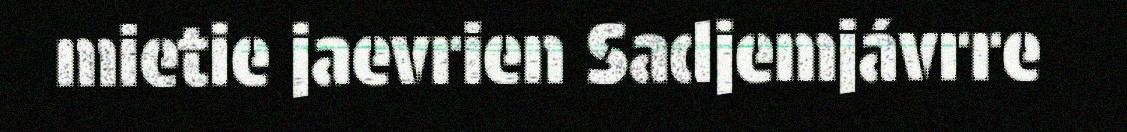
mietie jaevrien Sadjemjávrre